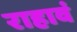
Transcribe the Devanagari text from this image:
राहावं